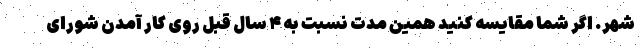
شهر. اگر شما مقایسه کنید همین مدت نسبت به ۴ سال قبل روی کار آمدن شورای